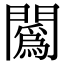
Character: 䦱